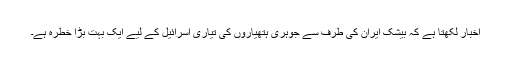
اخبار لکھتا ہے کہ بیشک ایران کی طرف سے جوہری ہتھیاروں کی تیاری اسرائیل کے لیے ایک بہت بڑا خطرہ ہے۔